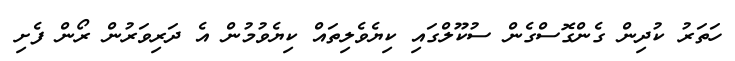
ހަތަރު ކުދިން ގެންގޮސްގެން ސުކޫލްގައި ކިޔެވެލިތައް ކިޔެވުމުން އެ ދަރިވަރުން ރޯން ފެށި